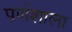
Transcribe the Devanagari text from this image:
पर्णशाला